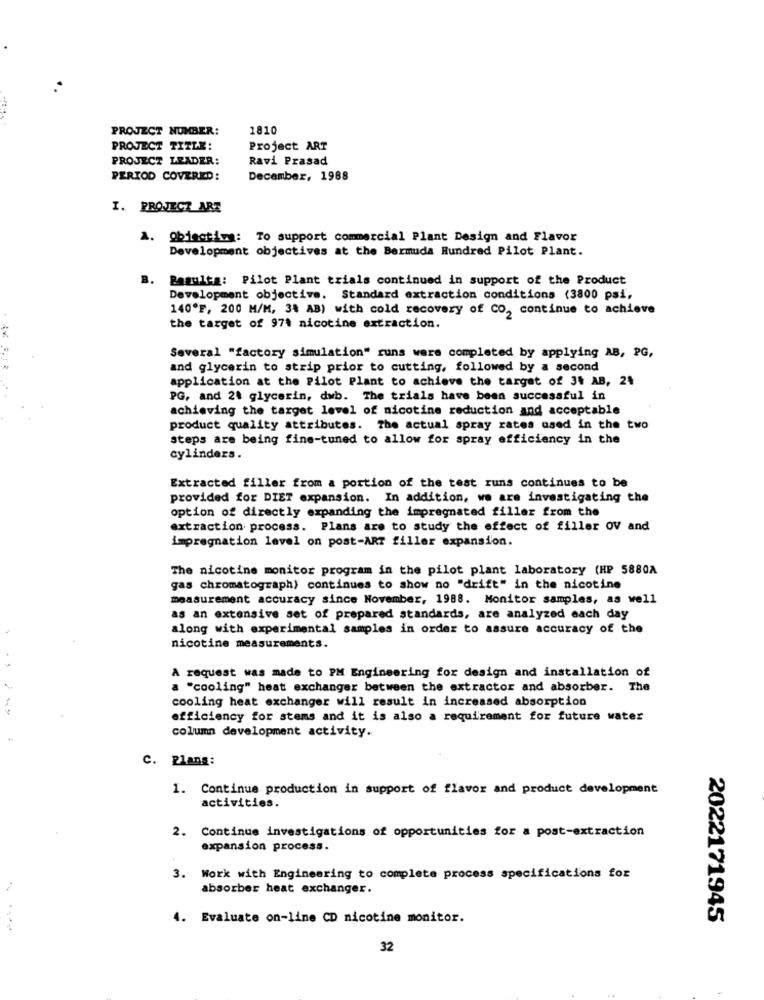
PROJECT NUMBER:
1810
PROJECT TITLE:
Project ART
PROJECT LEADER:
Ravi Prasad
PERIOD COVERED:
December, 1988
I. PROJECT ART
Objectiva: To support commercial Plant Design and Flavor
Development objectives at the Bermuda Hundred Pilot Plant.
B.
Bagules: Pilot Plant trials continued in support of the Product
Development objective. Standard extraction conditions (3800 psi,
140ºF, 200 M/M, 34 AB) with cold recovery of CO, continue to achieve
the target of 971 nicotine extraction.
Several "factory simulation" runs were completed by applying AB, PG,
and glycerin to strip prior to cutting, followed by a second
application at the Pilot Plant to achieve the target of 34 AB, 24
PG, and 24 glycerin, dwb. The trials have been successful in
achieving the target level of nicotine reduction and acceptable
product quality attributes. The actual spray rates used in the two
steps are being fine-tuned to allow for spray efficiency in the
cylinders.
Extracted filler from a portion of the test runs continues to be
provided for DIET expansion. In addition, we are investigating the
option of directly expanding the impregnated filler from the
extraction process. Plans are to study the effect of filler ov and
impregnation level on post-ART filler expansion.
The nicotine monitor program in the pilot plant laboratory (HP 5880A
gas chromatography continues to show no "drift" in the nicotine
measurement accuracy since November, 1988. Monitor samples, as well
as an extensive set of prepared standards, are analyzed each day
along with experimental samples in order to assure accuracy of the
nicotine measurements.
A request was made to PM Engineering for design and installation of
a "cooling" heat exchanger between the extractor and absorber. The
cooling heat exchanger will result in increased absorption
efficiency for stems and it is also a requirement for future water
column development activity.
C. Plang:
1. Continue production in support of flavor and product development
activities.
2. Continue investigations of opportunities for a post-extraction
expansion process.
3. Work with Engineering to complete process specifications for
absorber heat exchanger.
4. Evaluate on-line CD nicotine monitor.
2022171945
32